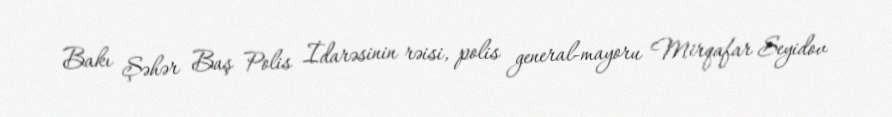
Bakı Şəhər Baş Polis İdarəsinin rəisi, polis general-mayoru Mirqafar Seyidov